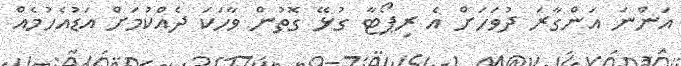
އަންނަ އަންގާރަ ދުވަހަށް އެ ރިޕޯޓާ ގުޅޭ ގޮތުން ވާހަކަ ދެއްކުމަށް އަޑުއެހުމެއް